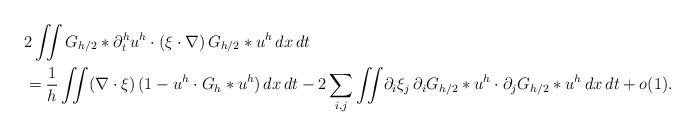
LaTeX: \begin{align*} & 2 \iint G_{h/2} \ast \partial_t^{h}u^h \cdot \left(\xi \cdot \nabla \right) G_{h/2} \ast u^h \,dx\,dt \\&=\frac1h \iint \!\left(\nabla \cdot \xi\right) ( 1-u^h \cdot G_h\ast u^h) \,dx\,dt -2 \sum_{i,j}\iint \!\partial_i \xi_j \,\partial_i G_{h/2}\ast u^h \cdot \partial_j G_{h/2} \ast u^h \,dx\,dt +o(1). \end{align*}